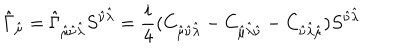
LaTeX: \hat { \Gamma } _ { \hat { \mu } } = \hat { \Gamma } _ { \hat { \mu } \hat { \nu } \hat { \lambda } } S ^ { \hat { \nu } \hat { \lambda } } = \frac { i } { 4 } ( C _ { \hat { \mu } \hat { \nu } \hat { \lambda } } - C _ { \hat { \mu } \hat { \lambda } \hat { \nu } } - C _ { \hat { \nu } \hat { \lambda } \hat { \mu } } ) S ^ { \hat { \nu } \hat { \lambda } }